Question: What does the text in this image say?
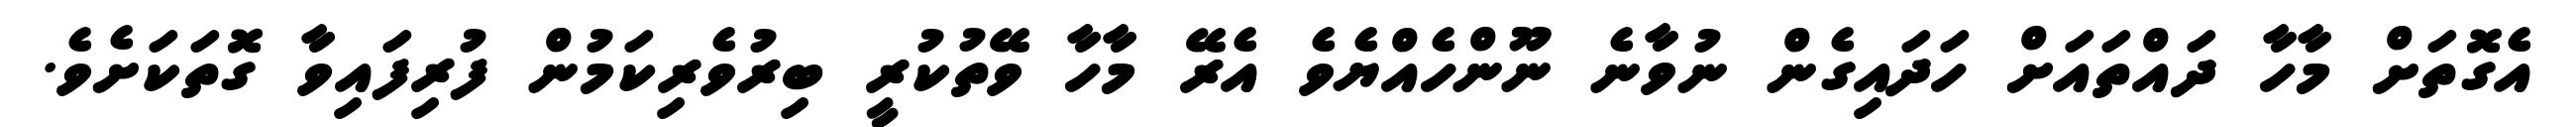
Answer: އެގޮތަށް މާހާ ދައްތައަށް ހަދައިގެން ނުވާނެ ނޫންހެއްޔެވެ އެރޭ މާހާ ވޭތުކުރީ ބިރުވެރިކަމުން ފުރިފައިވާ ގޮތަކަށެވެ.